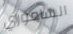
الساموراي